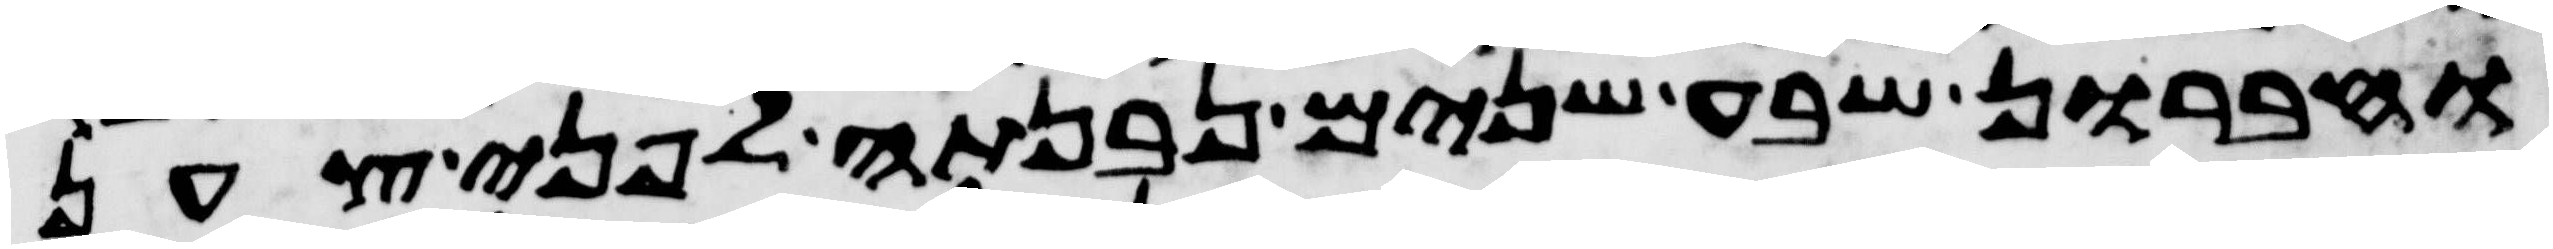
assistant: וחברון שבע שנים נבנתה לפני צען